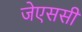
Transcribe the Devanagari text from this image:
जेएससी